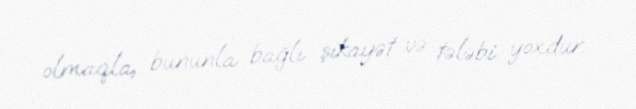
olmaqla, bununla bağlı şikayət və tələbi yoxdur.